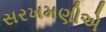
સરખમણીએ